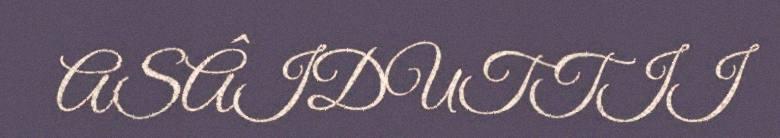
ASÂIDUTTII